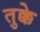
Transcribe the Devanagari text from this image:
तुक्के